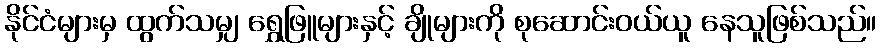
နိုင်ငံများမှ ထွက်သမျှ ရွှေဖြူများနှင့် ချိုများကို စုဆောင်းဝယ်ယူ နေသူဖြစ်သည်။